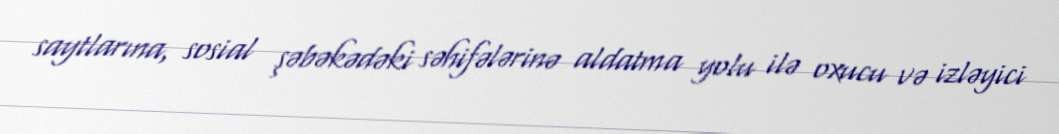
saytlarına, sosial şəbəkədəki səhifələrinə aldatma yolu ilə oxucu və izləyici